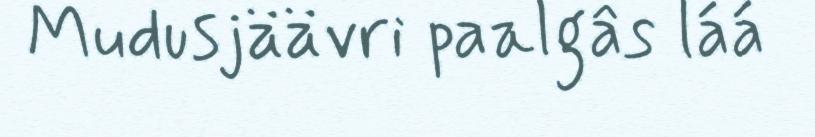
Mudusjäävri paalgâs láá